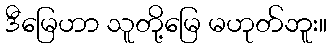
ဒီမြေဟာ သူတို့မြေ မဟုတ်ဘူး။